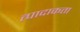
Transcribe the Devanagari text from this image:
त्पादाकता